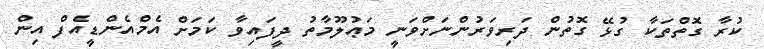
ކުރާ ގޮތްތަކާ ގުޅޭ ގޮތުން ދަރިވަރުންނަށްވަނީ މަޢުލޫމާތު ދީފައިވާ ކަމަށް އެމްއެންޑީއެފް އިން